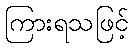
ကြားရသဖြင့်